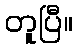
တူပြီ။